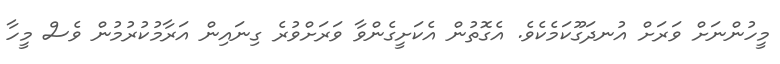
މީހުންނަށް ވަރަށް އުނދަގޫކަމެކެވެ. އެގޮތުން އެކަށީގެންވާ ވަރަށްވުރެ ގިނައިން އަރާމުކުރުމުން ވެސް މީހާ